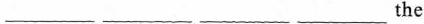
___ ___ ___ ___the